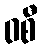
ဝစီ